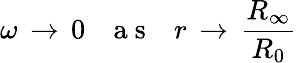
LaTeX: \omega\, \to\, 0\ \ \ \mathrm{~a~s~}\ \ \ r\, \to\, \frac{R_{\infty}}{R_{0}}